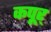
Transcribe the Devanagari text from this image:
कपूर्